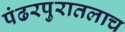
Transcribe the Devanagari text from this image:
पंढरपुरातलाच